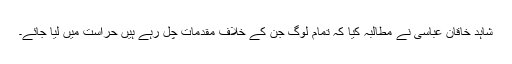
شاہد خاقان عباسی نے مطالبہ کیا کہ تمام لوگ جن کے خلاف مقدمات چل رہے ہیں حراست میں لیا جائے۔